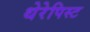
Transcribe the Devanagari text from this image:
थेरेपिस्ट